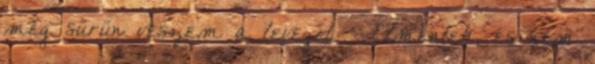
még sűrűn veszem a levegőt. - Elmentek, és nem